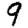
Digit: 9